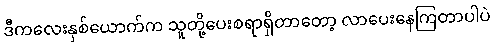
ဒီကလေးနှစ်ယောက်က သူတို့ပေးစရာရှိတာတော့ လာပေးနေကြတာပါပဲ